Note on the mental hospitals in Burma - 1925-1940
Year: 1925
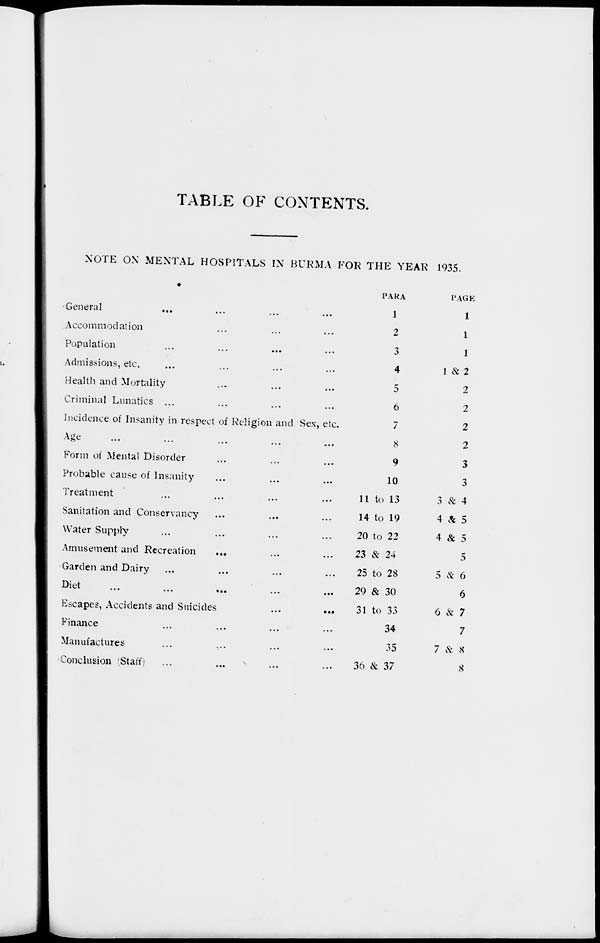
TABLE OF CONTENTS.
NOTE ON MENTAL HOSPITALS IN BURMA FOR THE YEAR 1935.
General ... ... ... ...
Accommodation ... ... ...
Population ... ... ... ...
Admissions, etc. ... ... ... ...
Health and Mortality ... ... ...
Criminal Lunatics ... ... ... ...
Incidence of Insanity in respect of Religion and Sex, etc.
Age ... ... ... ... ...
Form of Mental Disorder ... ... ...
Probable cause of Insanity ... ... ...
Treatment ... ... ... ...
Sanitation and Conservancy ... ... ...
Water Supply ... ... ... ...
Amusement and Recreation
... ... ...
Garden and Dairy ... ... ... ...
Diet
...
...
...
...
...
Escapes, Accidents and Suicides
...
...
Finance ... ... ... ...
Manufactures ... ... ... ...
Conclusion Staff) ... ... ... ...
PARA
1
2
3
4
5
6
7
8
9
10
11 to 13
14 to 19
20 to 22
23 & 24
25 to 28
29 & 30
31 to 33
34
35
36 & 37
PAGE
1
1
1
1 & 2
2
2
2
2
3
3
3 & 4
4 & 5
4 & 5
5
5 & 6
6
6 & 7
7
7 & 8
8